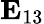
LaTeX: \mathbf{E}_{13}